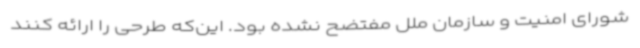
شورای امنیت و سازمان ملل مفتضح نشده بود. این‌که طرحی را ارائه کنند